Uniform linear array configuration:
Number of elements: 32
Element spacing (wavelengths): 0.25
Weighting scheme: exponential
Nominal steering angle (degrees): -15
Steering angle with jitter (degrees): -14.165
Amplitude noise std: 0.05
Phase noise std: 0.05

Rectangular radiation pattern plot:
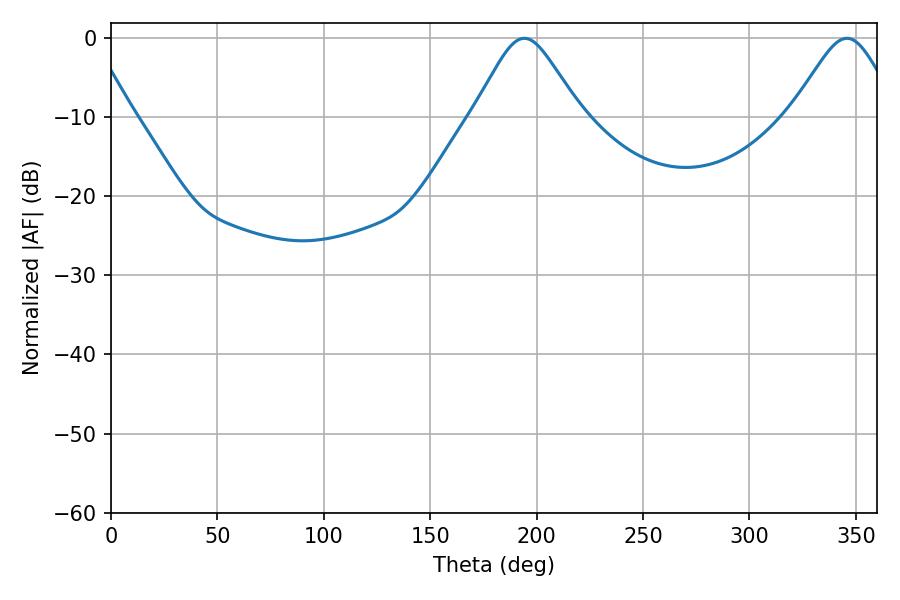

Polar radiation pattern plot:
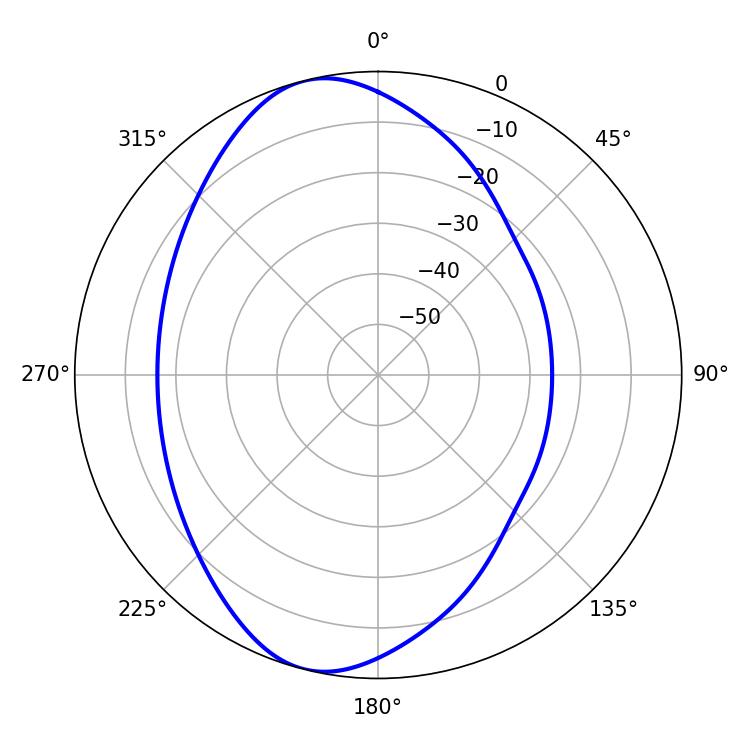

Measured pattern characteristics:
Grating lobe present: FALSE
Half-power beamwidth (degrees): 24.3
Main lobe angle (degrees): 194.22